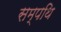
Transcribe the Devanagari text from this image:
सम्पथि